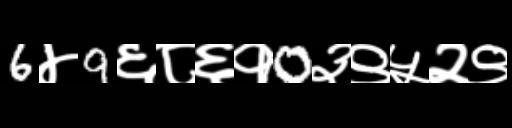
Text: 6४9६८६१0३९५२९